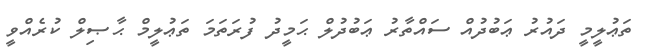
ތަޢުލީމީ ދައުރު ޢަބުދުއް ސައްތާރު ޢަބުދުލް ޙަމީދު ފުރަތަމަ ތަޢުލީމް ޙާޞިލް ކުރެއްވީ